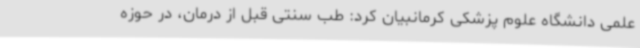
علمی دانشگاه علوم پزشکی کرمانبیان کرد: طب سنتی قبل از درمان، در حوزه